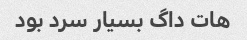
هات داگ بسیار سرد بود